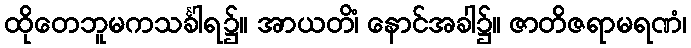
ထိုတေဘူမကသင်္ခါရ၌။ အာယတိံ၊ နောင်အခါ၌။ ဇာတိဇရာမရဏံ၊